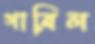
গাব্রিল